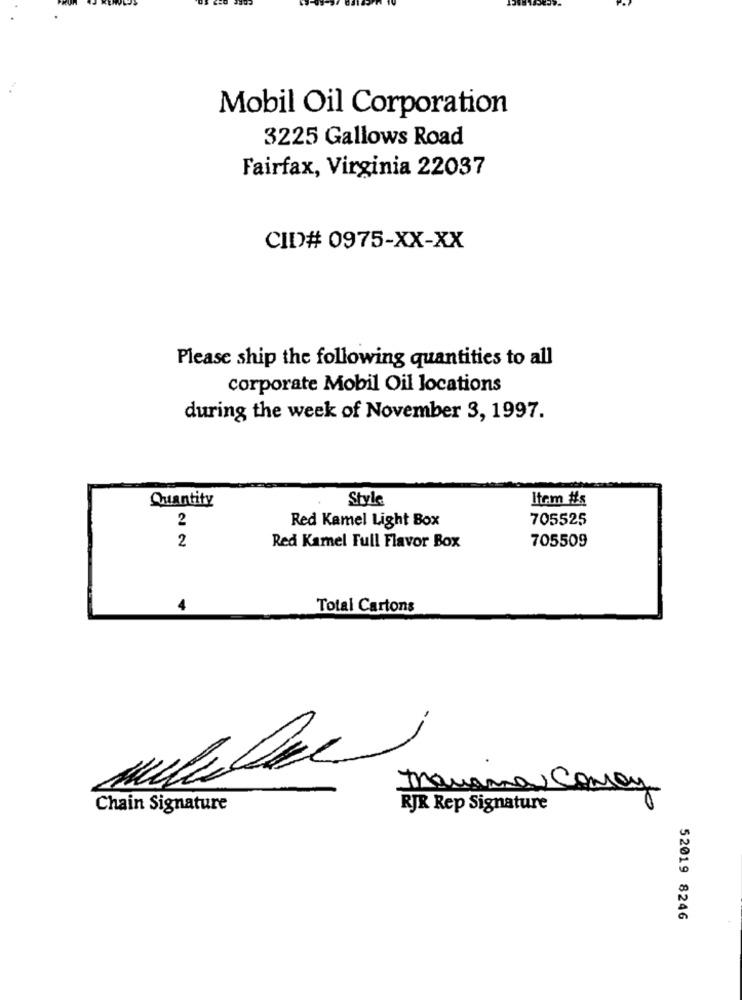
Mobil Oil Corporation
3225 Gallows Road
Fairfax, Virginia 22037
CID# 0975-XX-XX
Please ship the following quantities to all
corporate Mobil Oil locations
during the week of November 3, 1997.
Quantity
Style
Item #s
2
Red Kamel Light Box
705525
705509
2
Red Kamel Full Flavor Box
4
Total Cartons
mauana, Comoy
Chain Signature
RJR Rep Signature
0
52019 8246